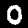
Label: 0